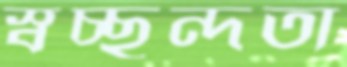
স্বচ্ছন্দতা